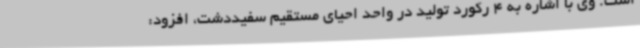
است. وی با اشاره به 4 رکورد تولید در واحد احیای مستقیم سفیددشت، افزود: